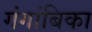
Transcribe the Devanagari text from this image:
गंगांबिका